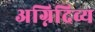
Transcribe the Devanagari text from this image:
अग्निदिव्य